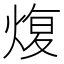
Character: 𤋟